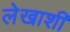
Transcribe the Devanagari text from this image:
लेखाशी